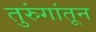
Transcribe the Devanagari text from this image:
तुरुंगांतून